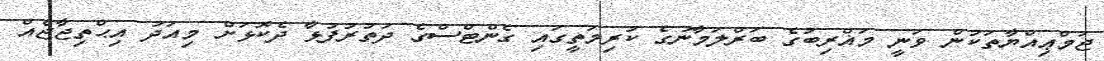
ޖަމްޢިއްޔާތަކުން ވަނީ މަޣްރިބުގެ ބަރްލަމާނުގެ ކުރިމަތީގައި ގެންޓްސްގެ ދަތުރުފުޅާ ދެކޮޅަށް މިއަދު އިޙްތިޖާޖެއް